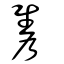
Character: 雋